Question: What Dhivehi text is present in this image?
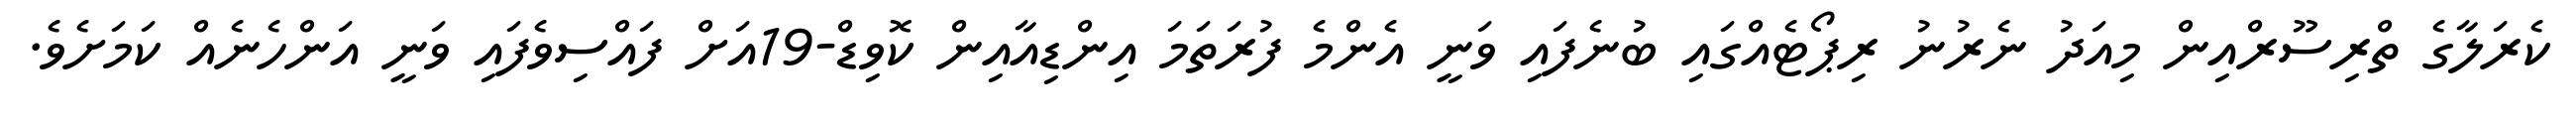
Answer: ކެރަލާގެ ތްރިސޫރްއިން މިއަދު ނެރުނު ރިޕޯޓެއްގައި ބުނެފައި ވަނީ އެންމެ ފުރަތަމަ އިންޑިއާއިން ކޮވިޑް-19އަށް ފައްސިވެފައި ވަނީ އަންހެނެއް ކަމަށެވެ.